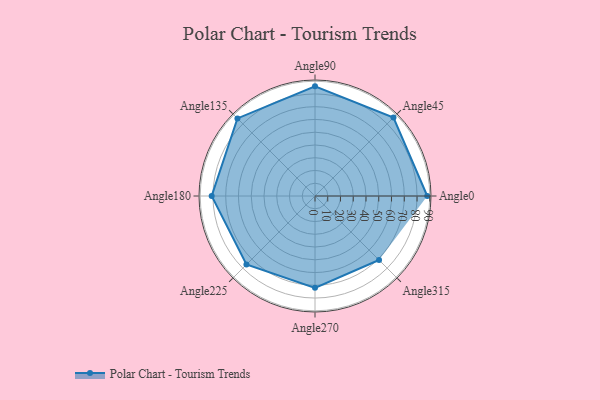
{"axis": {"x": "Angle", "y": "Radius"}, "legend": [""], "data": [{"x": "Angle0", "y": 88.0, "type": ""}, {"x": "Angle45", "y": 87.0, "type": ""}, {"x": "Angle90", "y": 86.0, "type": ""}, {"x": "Angle135", "y": 86.0, "type": ""}, {"x": "Angle180", "y": 81.0, "type": ""}, {"x": "Angle225", "y": 76.0, "type": ""}, {"x": "Angle270", "y": 72.0, "type": ""}, {"x": "Angle315", "y": 71.0, "type": ""}]}